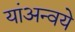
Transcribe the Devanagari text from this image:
यांअन्वये